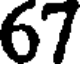
67